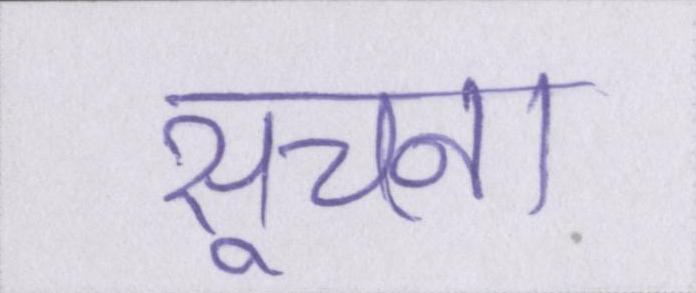
सूचना